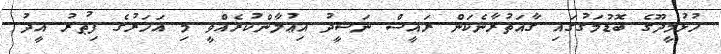
ހުޅުމީދޫގެ ބޮޑުމަގުގައި ގާއަތުރާނެކަން ރައީސް ނަޝީދު އިޢުލާންކުރެއްވީ މި އަހަރުގެ ފިޠުރު އީދު